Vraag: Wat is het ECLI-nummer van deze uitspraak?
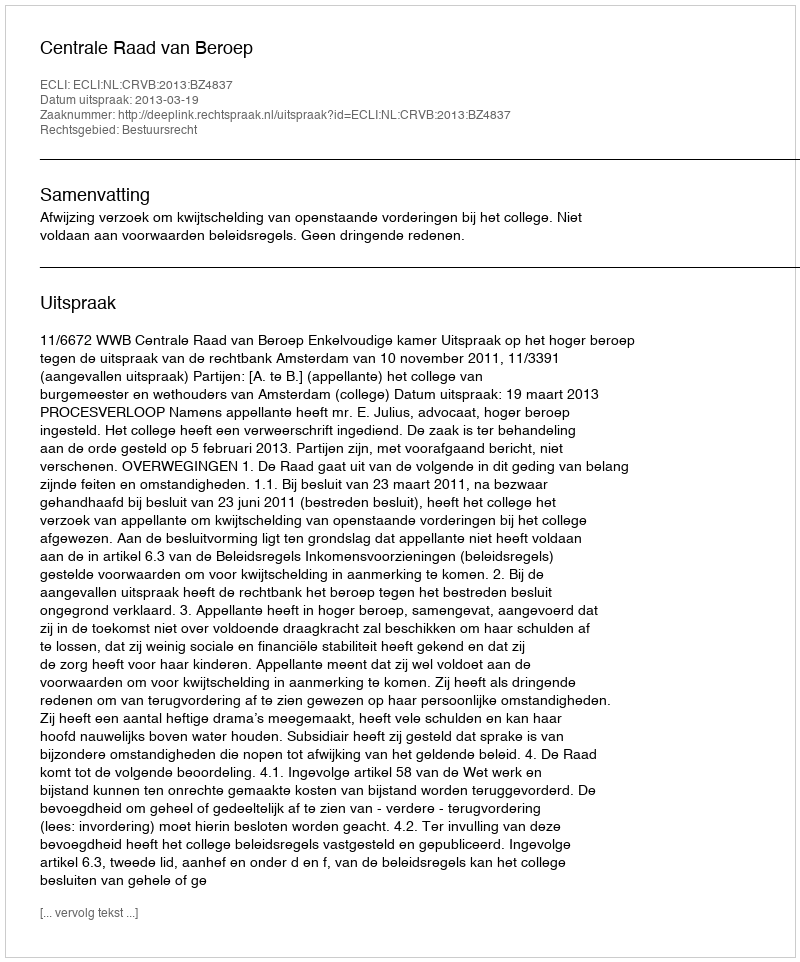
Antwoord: ECLI:NL:CRVB:2013:BZ4837